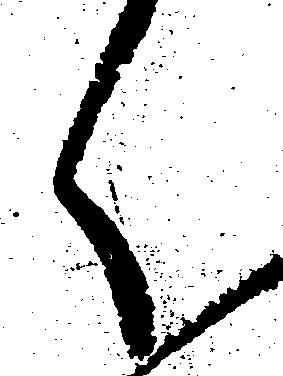
く